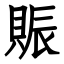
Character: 賑